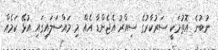
ނުބުނެ އޮތުމަކީ ސަރުކާރުގެ ސިއްރު އެޖެންޑާ އެއް މި މައްސަލައިގައި އުޅޭ ކަމެއް